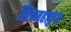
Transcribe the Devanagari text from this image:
शिवमहाकुंभ